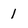
Character: 1